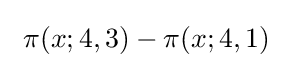
\ \pi (x;4,3)-\pi (x;4,1)\